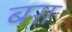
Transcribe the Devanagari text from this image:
बग़